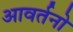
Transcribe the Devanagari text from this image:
आवर्तनो